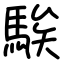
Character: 騃